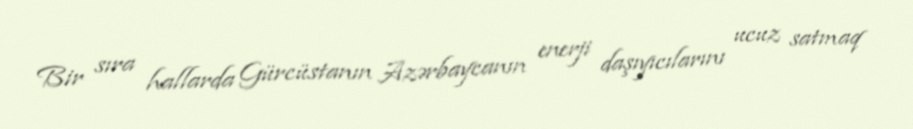
Bir sıra hallarda Gürcüstanın Azərbaycanın enerji daşıyıcılarını ucuz satmaq